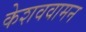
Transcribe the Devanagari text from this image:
केशववामन